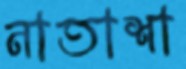
নাতাশা